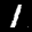
Label: 1